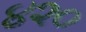
૪૨૦